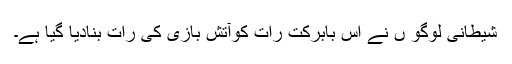
شیطانی لوگو ں نے اس بابرکت رات کوآتش بازی کی رات بنادیا گیا ہے۔